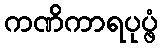
ကဏိကာရပုပ္ဖံ